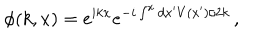
\phi ( k , x ) = e ^ { i k x } e ^ { - i \int ^ { x } d x ^ { \prime } V ( x ^ { \prime } ) / 2 k } \, ,